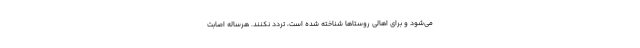
می‌شود و برای اهالی روستاها شناخته شده است، تردد نکنند. هرساله اصابت